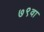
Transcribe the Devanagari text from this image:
७९वा